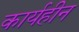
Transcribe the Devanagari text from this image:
कार्यहीन